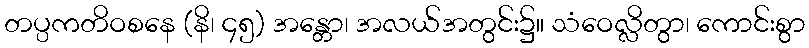
တပ္ပကတိဝစနေ (နိ၊ ၄၅) အန္တော၊ အလယ်အတွင်း၌။ သံဝေလ္လိတွာ၊ ကောင်းစွာ